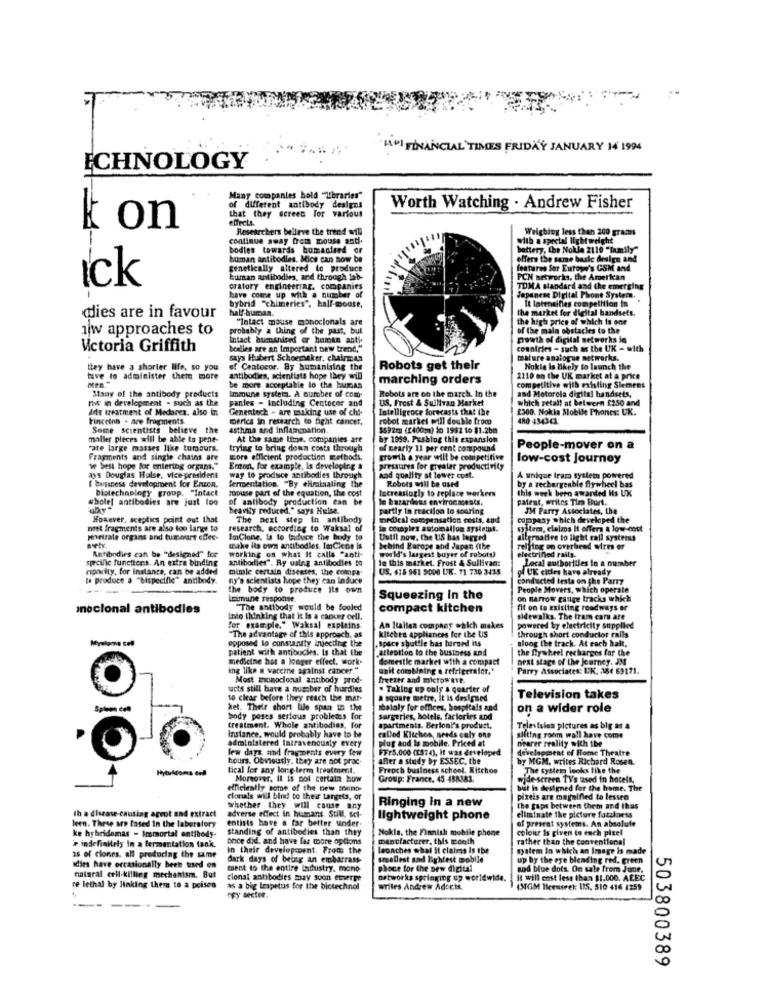
HADI FINANCIAL TIMES FRIDAY JANUARY 14 1994
ECHNOLOGY
Many companies bold "Libraries"
of different antibody designs
that they ecrees for various
Worth Watching . Andrew Fisher
effects.
on
Researchers believe the trend will
Weighing less than 200 grasas
continue away from mouse andi.
with a special lightweight
bodies towards bumanland or
battery, Che Nokle 2110 "family"
human antibodies. Mice can now be
offers the same basic design and
genetically altered to produce
features for Europe's GSM and
Ick
Human Antibodies, and through fab-
PCN networks, the Amerkan
cratory engineering, companies
TOMA standard and the emerging
have come up with a number of
hybrid "chimeries". half-mouse,
Japanese Digital Phone System.
It latenailles competition in
dies are in favour
half buman.
the market for digital bandseft.
"Intact mouse monoclonals are
the high price of which 1
1 w approaches to
probably a thing of the past, but
of the main obstacles to the
intact humanierd or human anti-
mowth of digital networks in
Victoria Griffith
bodies are an Important new trend,"
countries - such as the UK - with
says Hubert Schoemaker, chairman
mature analogue networks.
they have a shorter life. so you
ef Centocor, By humanising the
Robots get their
Nokle Is thely to launch the
tave to administer them more
antibodies, scientists hope they will
marching orders
2110 on the UK market at a price
Many of the antibody products
be more acceptable lo the human
competitive with existing Siemens
and Motorola digital handsets,
ris in development - such as the
Immune systema. A number of com-
pantes - Including Centocor and
Robots are on the march. In the
US, Frost & Sullivan Market
which retail at belwern 1250 and
Ads treatment of Medarez. also in
Genentech - are making use of chi-
Intelligence forecasts that the
2300. Nokia Mobile Phones: UK.
Fincetnh - are fragments.
merica in research to fight cancer.
robot market erill dos ble from
480 434341
Some scientists believe the
asthma and Inflammation.
maller pieces will be able to pene-
At the same time, companies are
"ate large masses like tumours.
trying to bring down costs through
of nearly 11 per cent compound
People-mover on a
Fragments and single chains are
more efficient production metbods.
growth a year will be competitive
low-cost Journey
se Sest hope for entering organs."
Enon, for example, Is developing a
pressures for greater productivity
29's Douglas Halse, vice-president
I business development for Enzen.
way to produce antibodies Ihrosigh
and quality at lower cost.
Robots will be used
A unique tram syslet powered
biotechnology group. "Intact
fermentation. "By eliminating the
toouse part of the equation, the cost
Increasingly to replace workers
by a rechargeable flywheel bas
this week been awarded Iis UX
wbolel antibodies are just loo
of antibody production can be
le bazardloss envirocacesis,
patent, writes Tim Burt.
heavily reduced," says Hulse.
partly in reaction lo soaring
JM Parry Associates, the
However, sceptics point out that
The next step in antibody
medical compensation costs, and
company which developed the
met fragments are also too large to
research, according to Waksal of
couples automation systems.
system, claims It offers a low-cost
penetrate organs and tumourt effec-
ImClone, la to induce the body to
Until now, the US has logged
alternative to light rail systeeas
Antibodies can be "designed" for
make its own antibodies. ImCiene is
working on what it calle "anti-
behind Europe and Japan (the
relflog on overhead wires er
specific functiees. An extra binding
antibodies". Ry using antibodies to
world's largest buyer of robots?
Je this market. Frost & Sullivan:
electrined rails.
Local authorities In a number
ripocity, for instance, can be added
mimle certain diseases, the compa
US. 415 961 9000 LIK. 11 730 3435
of UK cities have already
to produce a "bispecific" antibody.
ny's scientists hope they can Induce
conducted testa on the Parry
the body to produce Its own
People Movers, which operate
Lounune response
Squeezing In the
on narrow gauge tracks which
moclonal antibodies
"The antibody would be fooled
compact kitchen
fit on to existing roadways er
into thinking that it is a cancer cell.
sidewalks. The tram cars are
for example." Waksal explains
kitchen appliances for the US
An Italian company which makes
powered by electricity supplied
through short conductor rails
opposed to constantly injecting the
"The advantage of this approach, as
.space shuttle bas borse its
along the track. At each halt.
patient with antibodies. Is that the
attention to the business and
the flywheel recharges for the
medicine hat a longer effect, work.
domestic market with a compact
next stage of the journey. JM
ing like a vaccine against cancer."
unit combining a refrigerator."
Parry Associates: UK. 384 69171.
Most monoclonal antibody prod-
freezer and mictowee.
uacts still have a number of hurdles
. Taking up only a quarter of
so clear before they reach the mar-
a square metre, it is designed
Television takes
ket. Their short life span in the
ihalaly for offices, hospitals and
on a wider role
body poses serious problems for
surgeries, hotels, factories and
treatment. Whole antibodies, for
apartments. Berloni's product,
Televisies pictures as big as a
Instance, would probably have to be
administered Intravenously every
called Kitchen, needs caly one
plug and Is mobile. Priced at
sitting room wall have come
nearer reality with the
lew days and fragments every few
FFr5.000 (18:4), It was developed
development of Home Theatre
hours. Obviously, they are not proc-
after a study by ESSEC, the
by MGM, writes Richard Rosen.
tical for any long-term treatment.
Freoch business school. Kitchen
The system looks like the
Moreover, It is pot certata how
Group: France. 45 488383.
wide-screen TV's used in hotels,
efficiently some of the new mente
bist is designed for the home. The
clonals will bindt to their targets, or
Ringing in a new
pixels are magnified to lessen
whether they will cause any
adverse effect in humans. Still, sci-
eliminate the picture fuzziness
the gaps between them and thas
th a disease-causing agent and extract
entists have a far better under:
lightweight phone
of present systems. An absolute
leen. These are Based In the laboratory
standing of antibodies than they
Nokia, the Finnish mobile phone
colour is given to each pixel
ke hybridemas - Immortal antibody-
bhce did, and have far more options
manufacturer, this month
rather than the conventional
e indefinitely In a fermentation fank.
in their development. Froms the
leanches what it claims Is tbe
system in which an Image is made
as of clones. all producing the same
dark days of being an embarrass-
smallest and lightest mobile
up by the eye blending red, green
idies have occasionally been used on
ment to the entire Industry. mono-
phoce for the new digital
sod blue dots. On sale from June,
natural cell-killing mechanism. But
cional antibodies may soon emerge
ortworks springing up worldwide.
it will cost less than $1.000. ACEC
re lethal by linking them to a prisen
as a big lespetus for the bictechnol
aTiles Andrew Adceis.
(31GM Heensee): US. 510 416 1259
ofy secter.
-
503800389